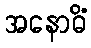
အနောဓိံ